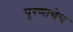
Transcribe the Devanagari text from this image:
पुरणाचेच